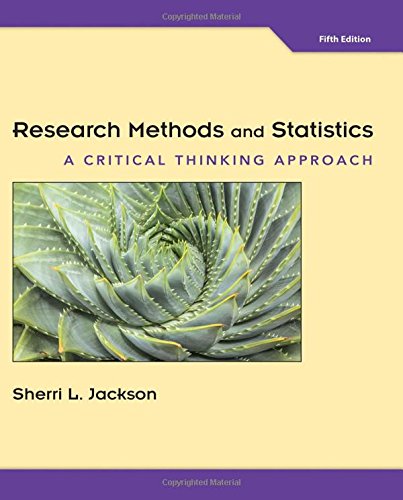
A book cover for Research Methods and Statistics: A Critical Thinking Approach; Sherri L. Jackson; Medical Books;